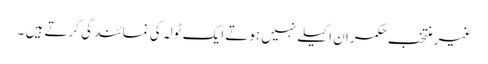
غیر منتخب حکمران اکیلے نہیں ہوتے ایک ٹولہ کی نمائندگی کرتے ہیں ۔